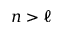
n > \ell